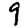
Digit: 9